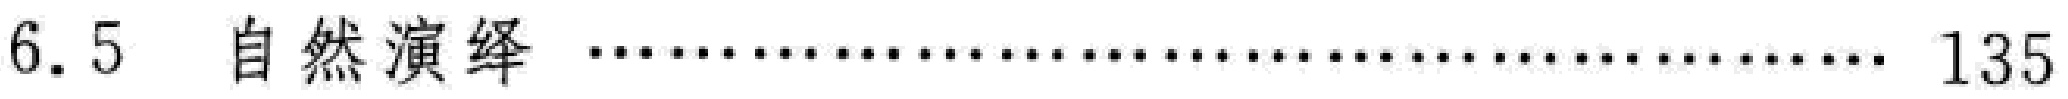
6.5  自然演绎 \dotfill 135